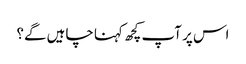
اس پر آپ کچھ کہنا چاہیں گے؟